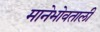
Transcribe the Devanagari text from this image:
मानेभोवताली